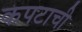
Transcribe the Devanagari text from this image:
कपटाची